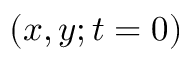
( x , y ; t = 0 )